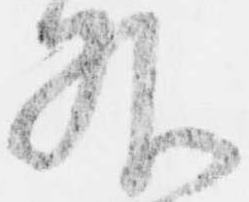
外